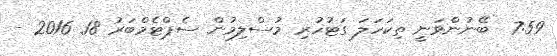
7:59  ބޭނުންވަނީ ތިކަހަލަ ގަޓުހުރި މުސްލިމުން ސެޕްޓެމްބަރު 18